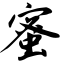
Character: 蜜